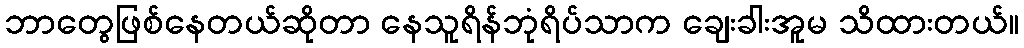
ဘာတွေဖြစ်နေတယ်ဆိုတာ နေသူရိန်ဘုံရိပ်သာက ချေးခါးအူမ သိထားတယ်။